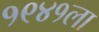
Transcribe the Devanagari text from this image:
१९४१ला